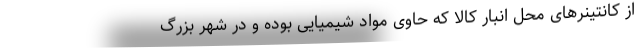
از کانتینرهای محل انبار کالا که حاوی مواد شیمیایی بوده و در شهر بزرگ